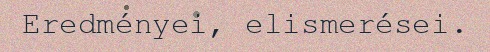
Eredményei, elismerései.